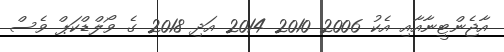
އާޖެންޓީނާއާއި އެކު 2006 2010 2014 އަދި 2018 ގެ ވޯލްޑްކަޕް ވެސް